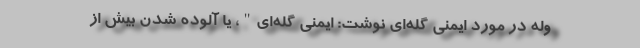
وله در مورد ایمنی گله‌ای نوشت: ایمنی گله‌ای"، یا آلوده شدن بیش از